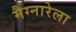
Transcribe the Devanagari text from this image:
मैग्नारेला